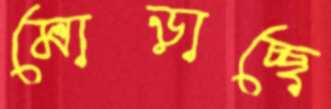
মোড়াচ্ছে